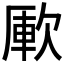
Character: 𣣭